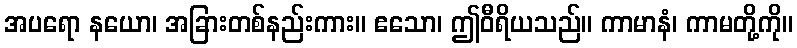
အပရော နယော၊ အခြားတစ်နည်းကား။ ဧသော၊ ဤဝီရိယသည်။ ကာမာနံ၊ ကာမတို့ကို။